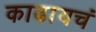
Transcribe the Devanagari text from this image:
काढायचं